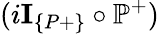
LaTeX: (i\textbf{I}_{\{ P+\} }\circ\mathbb{P}^{+})